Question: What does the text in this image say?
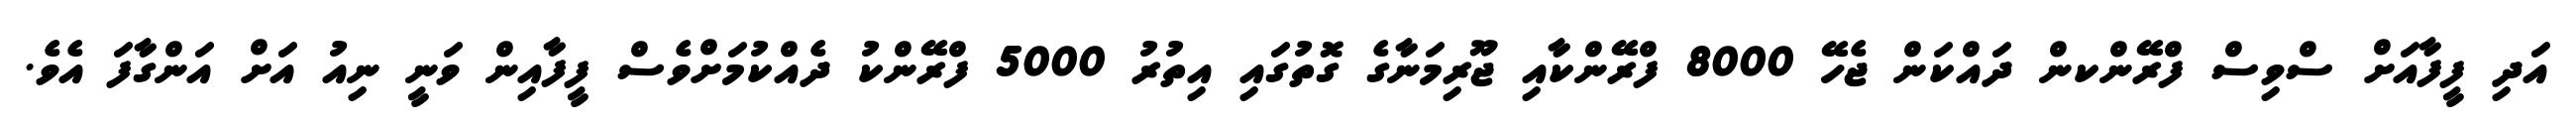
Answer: އަދި ފީފާއަށް ސްވިސް ފްރޭންކން ދައްކަން ޖެހޭ 8000 ފްރޭންކާއި ޖޫރިމަނާގެ ގޮތުގައި އިތުރު 5000 ފްރޭންކު ދެއްކުމަށްވެސް ފީފާއިން ވަނީ ނިއު އަށް އަންގާފަ އެވެ.